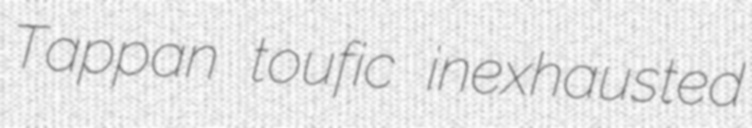
Tappan toufic inexhausted